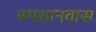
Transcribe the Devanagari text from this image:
स्मशानवास